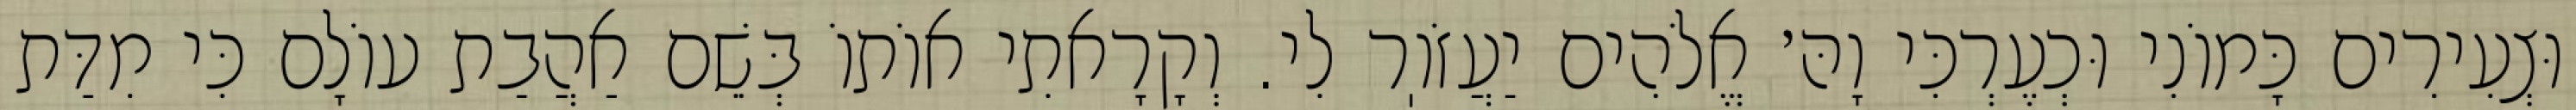
וּצְעִירִים כָּמוֹנִי וּכְעֶרְכִּי וָהּ׳ אֱלֹהִים יַעֲזֹוֽר לִי. וְקָרָאתִי אוֹתוֹ בְּשֵׁם אַהֲבַת עוֹלָם כִּי מִדַּת